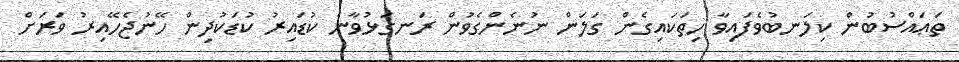
ތަޢައްސުބުން ކިލަނބުވެފައިވާ ހިތަކައިގެން ގަލަން ނުނެންގެވުން ރަނގަޅުވާނެ ކުޑައިރު ކުޑަކުދިން ހޭނުޖެހޭއިރު ވަރަށް